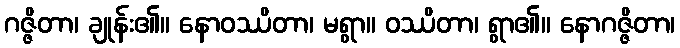
ဂဇ္ဇိတာ၊ ချုန်း၏။ နောဝဿိတာ၊ မရွာ။ ဝဿိတာ၊ ရွာ၏။ နောဂဇ္ဇိတာ၊